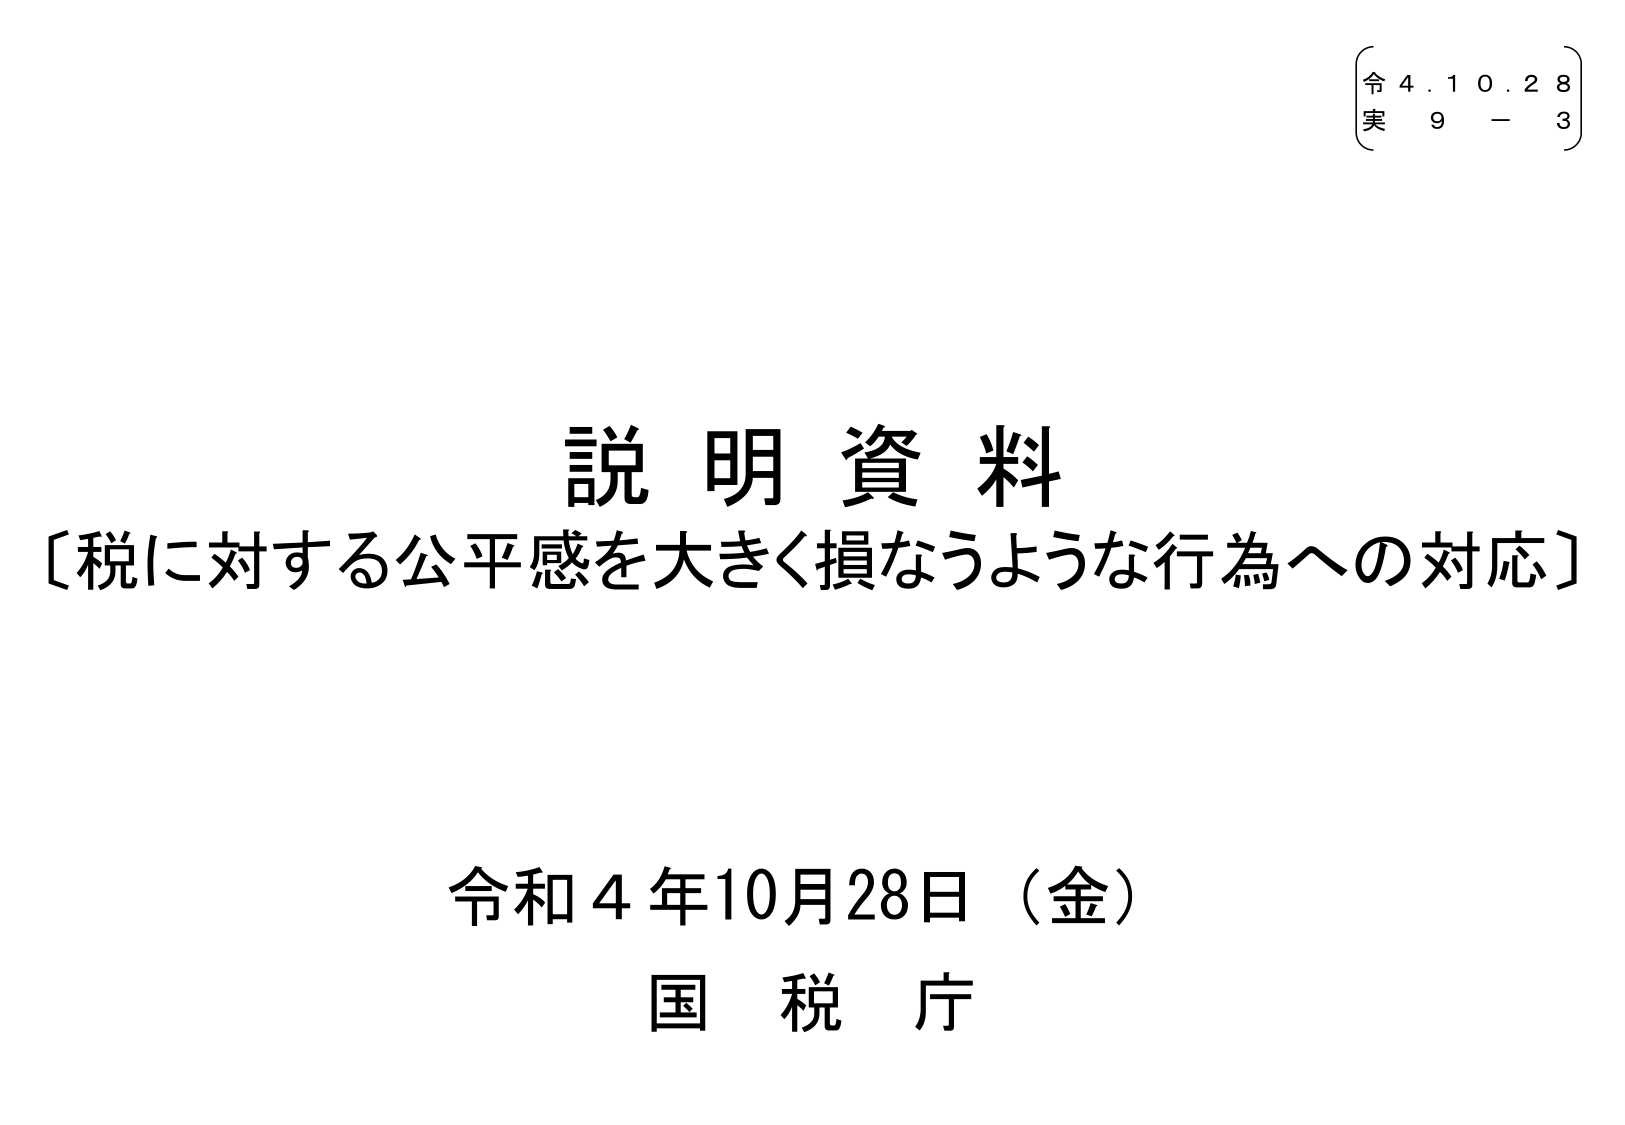
説明資料
〔税に対する公平感を大きく損なうような行為への対応〕

令和４年10月28日（金）
国税庁

（令 ４．１０．２８）
（実 ９ － ３）